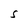
Character: S